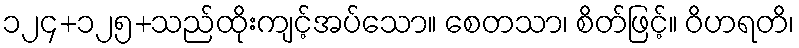
၁၂၄+၁၂၅+သည်ထိုးကျင့်အပ်သော။ စေတသာ၊ စိတ်ဖြင့်။ ဝိဟရတိ၊